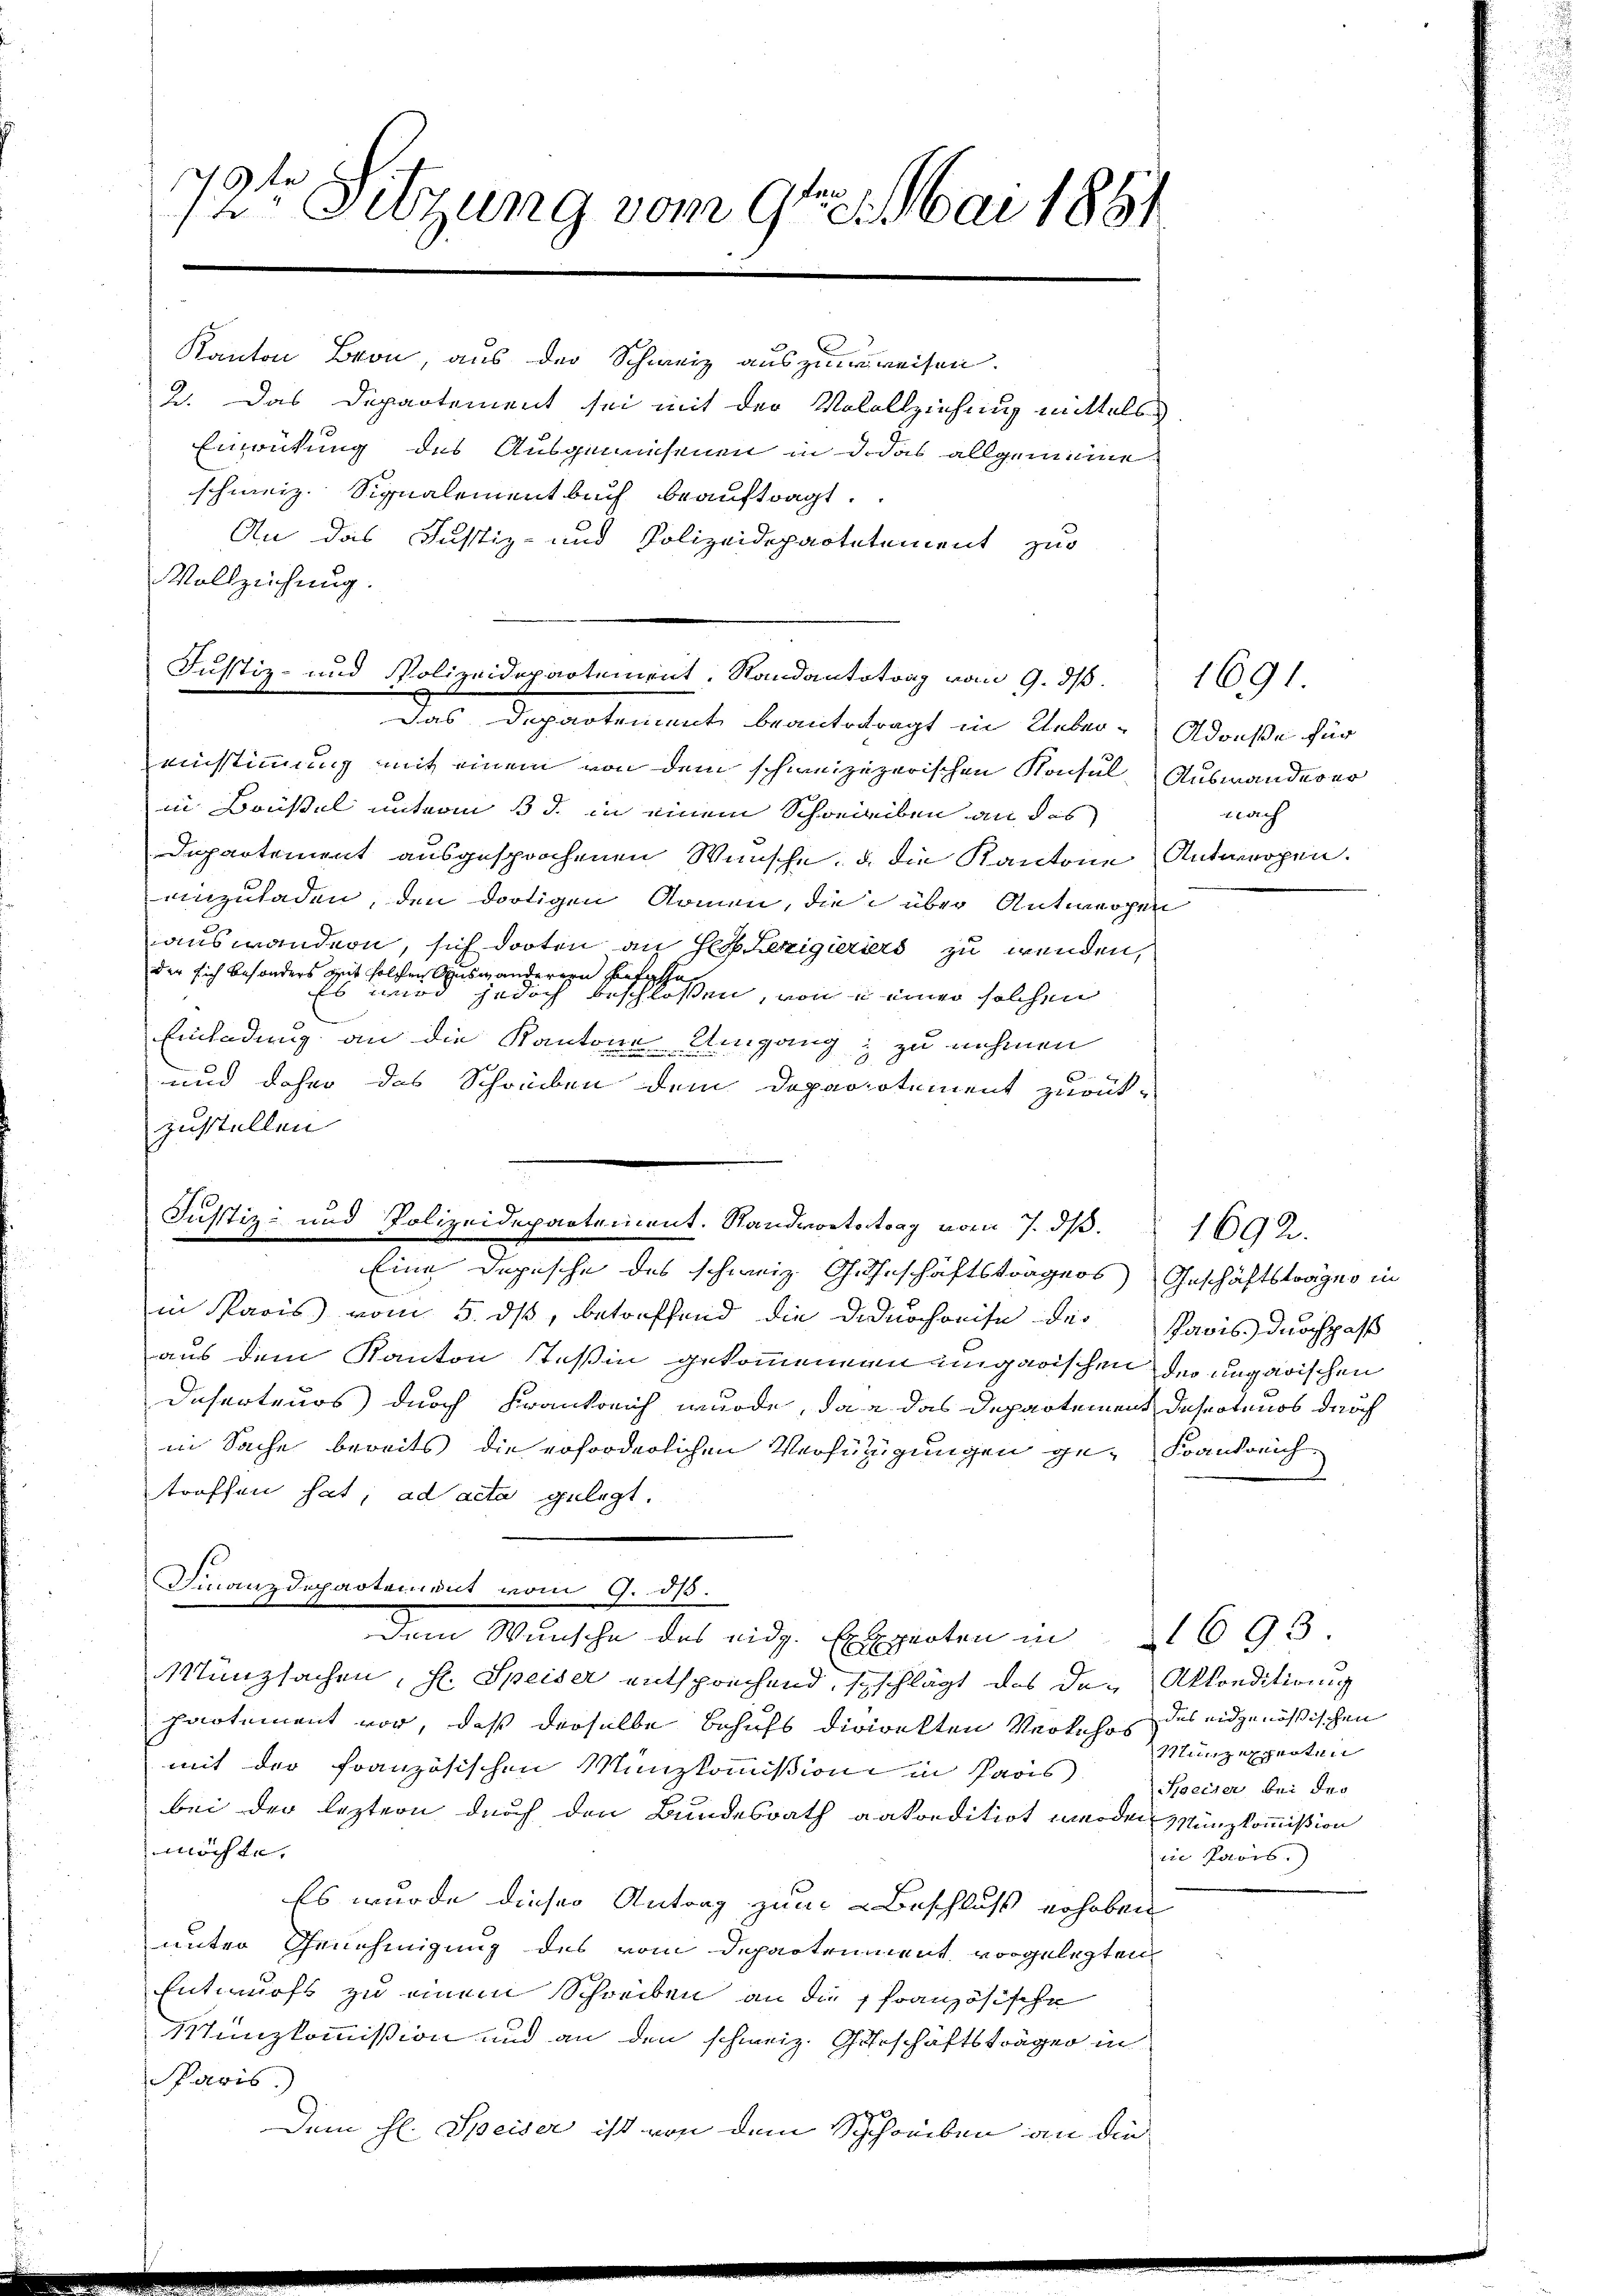
schweiz. Signalementbuch beauftragt.
An das Justiz- und Polizeidepartetement zur
Vollzeichung.

f
72te Sitzung vom 9ten Mai 1831.
Kanton Bron, aus der Schweiz auszuweisen.
2. Das Departement sei mit der Volollziehung mittels
Einwirkung des Ausgewesenen in d. das allgemeine

Justiz- und Polizeidepartement. Standantetrag vom 9. dβ.
Das Departement beantragt in Ueber-Adouße für

einstimmung mit einem von dem schweizezerischen Konsul
in Brüssel unterm 3. d. in einem Schreiben an das
Departement ausgesprochenen Wünsche, u. die Kantone Antworfen.
einzuladen, den dortigen Komen, die über Antworfen
auswandern, sich dorten an Herr Lexigieriers zu wenden,
der sich besonders mit solchen Auswanderern Befehle
Es wird jedoch beschlossen, von u einer solchen
Einladung an die Kantone Umgang zu nehmen
und daher das Schreiben dem Deparrotiment zurück-
zustellen
Eine Dopische des schweiz. Geheschäftsträgers Geschäftsträger in
in Paris vom 5. dß, betreffend die dadurchreise des
aus dem Kanton Teßin gekommenen ungarischen der ungarischen
Daserteurs durch Krankreich wurde, das das Departement desertens durch
in Sache bereits die erforderlichen Verfügungen ge-Frankreich
troffen hat; ad acta gelegt.
Finanzdepartement vom 9. dß.
dem Wunsche des eidg. Experten in 1693.
Münzsachen, H. Speiser entsprechend, schlägt das den Akkonditionsg
pactement vor, daß derselbe Behufs direkten Verkehrs des eidgenössischen
mit der französischen Münzkommißion in Paris
bei der leztern durch den Bundesrath ankonditirt werden Münzkommißion
möchte.
Es wurde dieser Antrag zum Beschluß erhoben
unter Genehmigung des vom Depactrument vorgelegten
Entwurfs zu einem Schreiben an die französische
Sanzkommission und an den schweiz. Geschäftsträger in
Paris.)
Dem H. Speiser ist von dem Schreiben an die

Justiz- und Polizeidepartement. Standortstrag vom 7. dβ. 1692.

t

1691.
Auswanderer
nach

Ravis durchpaß

Münzexperten
Socier bei der
ine Paris.)